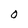
Character: 0